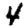
Digit: 4